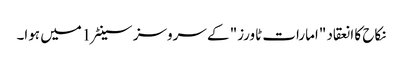
نکاح کا انعقاد "امارات ٹاورز" کے سروسز سینٹر 1میں ہوا۔